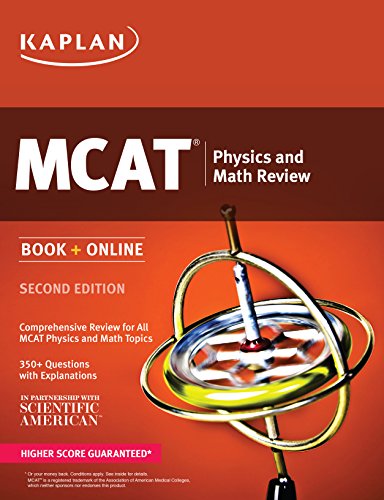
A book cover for Kaplan MCAT Physics and Math Review: Book + Online (Kaplan Test Prep); Kaplan; Test Preparation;